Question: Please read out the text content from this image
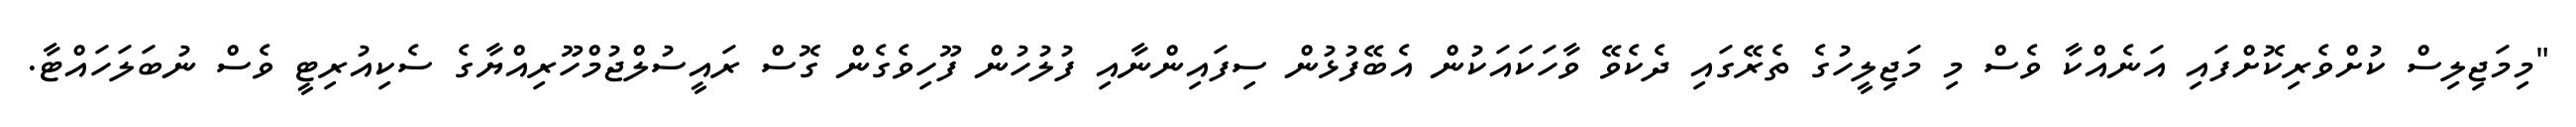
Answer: "މިމަޖިލިސް ކުށްވެރިކޮށްފައި އަނެއްކާ ވެސް މި މަޖިލީހުގެ ތެރޭގައި ދެކެވޭ ވާހަކައަކުން އެބޭފުޅުން ސިފައިންނާއި ފުލުހުން ފޫހިވެގެން ގޮސް ރައީސުލްޖުމްހޫރިއްޔާގެ ސެކިއުރިޓީ ވެސް ނުބަލަހައްޓާ.